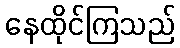
နေထိုင်ကြသည်